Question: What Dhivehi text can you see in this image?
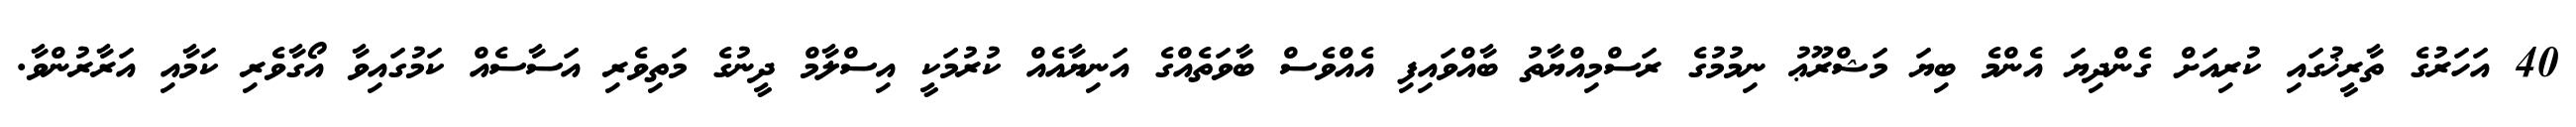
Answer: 40 އަހަރުގެ ތާރީޚުގައި ކުރިއަށް ގެންދިޔަ އެންމެ ބިޔަ މަޝްރޫޢު ނިމުމުގެ ރަސްމިއްޔާތު ބާއްވައިފި އެއްވެސް ބާވަތެއްގެ އަނިޔާއެއް ކުރުމަކީ އިސްލާމް ދީނުގެ މަތިވެރި އަސާސެއް ކަމުގައިވާ އޯގާވެރި ކަމާއި އަރާރުންވާ.